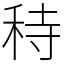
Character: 秲